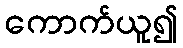
ကောက်ယူ၍